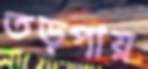
তড়পায়